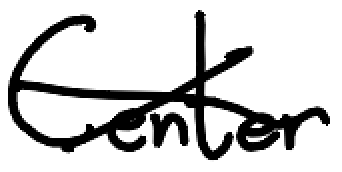
Text: Center
Cross-out: cross
Writing tool: digital_black